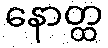
နောတ္ထ